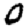
Digit: 0